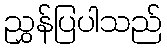
ညွှန်ပြပါသည်